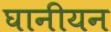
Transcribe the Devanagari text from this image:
घानीयन